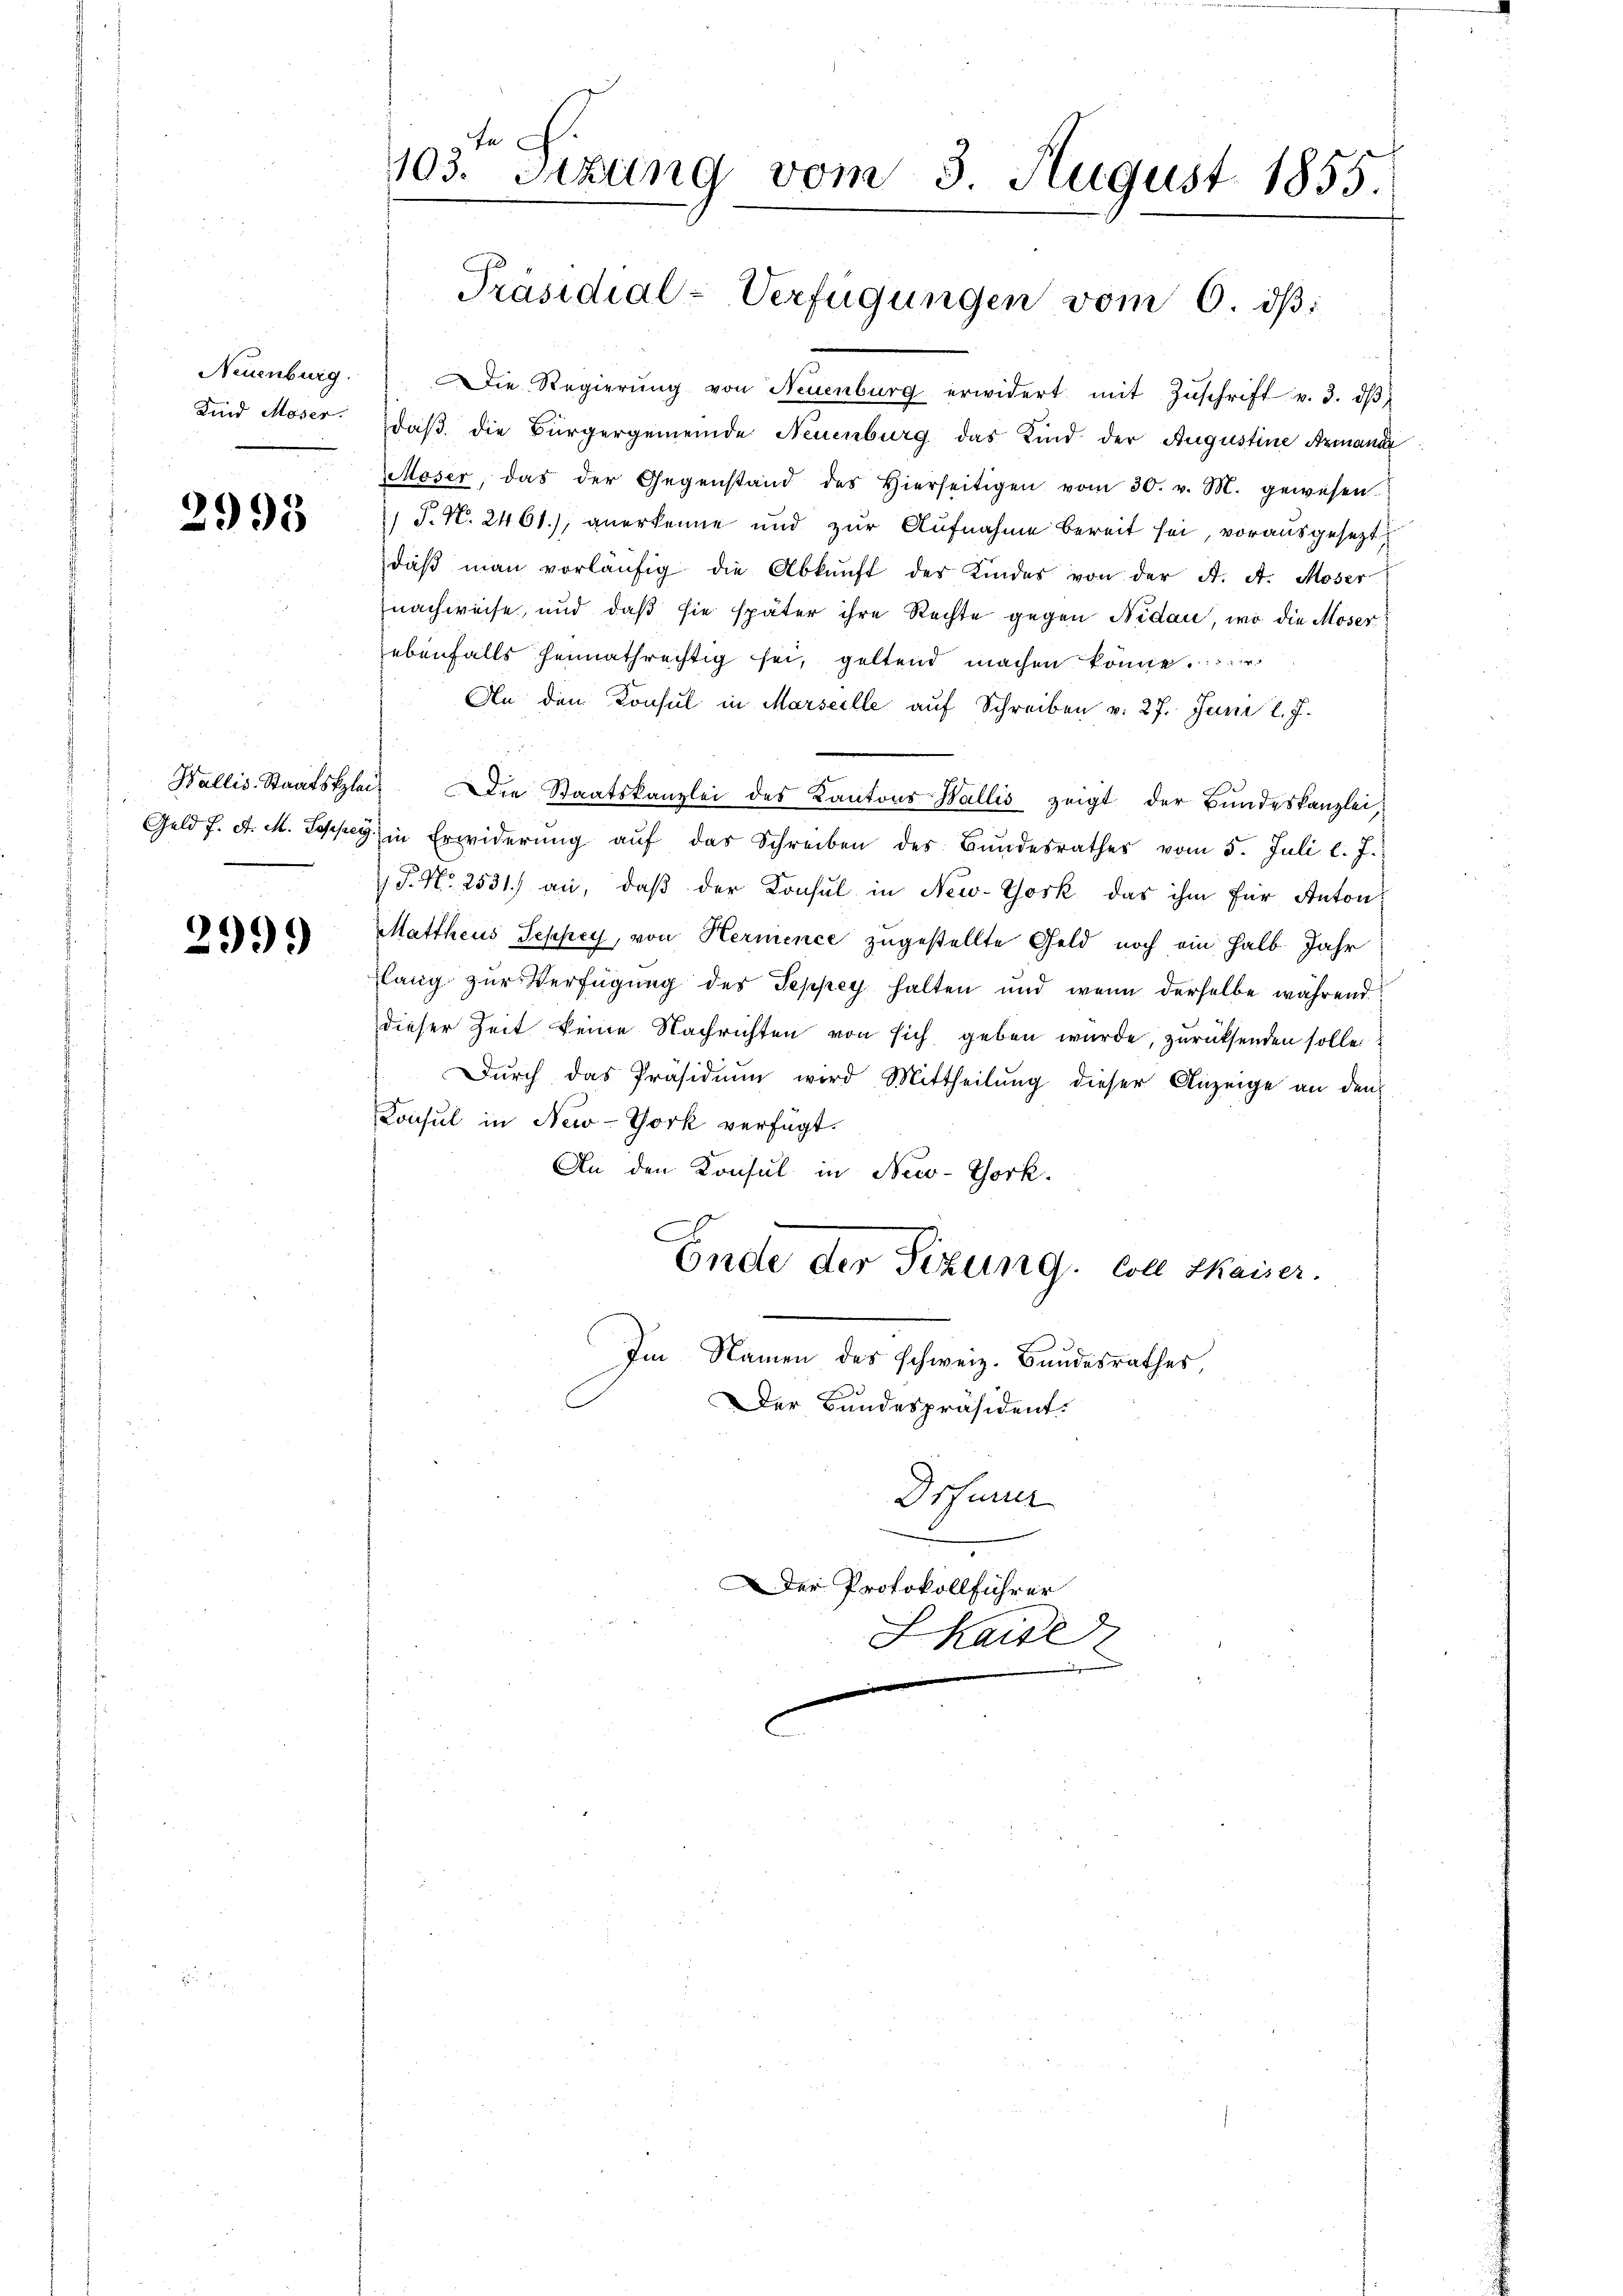
Neuenburg.
Kind Moser.

2995

Wallis. Staatskl
Geld f. d. M. Losper

2999)

En
103. Sitzung vom 3. August 1855.

Präsidial-Verfügungen vom 6. dβ:

Die Regierŭng von Neuenburg erwidert mit Zŭschrift v. 3. dβ
daß die Bürgergemeinde Neuenburg das Kind der Augustine Armande
Moser, das der Gegenstand des Hierseitigen vom 30. v. M. gewesen.
 P. N. 2461.), anerkenne und zur Aufnahme bereit sei, vorausgesezt
daβ man vorläŭfig die Abkŭnft der Kindes von der A. A. Moser
nachweise, und daß sie später ihre Rechte gegen Nidau, wo die Moser
ebenfalls heimathrechtig sei, geltend machen könne.
An den Konsul in Marseille auf Schreiben v. 27. Juni l. J.
uch. Die Staatskanzlei des Kantons Wallis zeigt der Bundeskanzlei,
9) in Erwiderŭng aŭf das Schreiben des Bŭndesrathes vom 5. Juli l. J.
 P. Nr. 2531.) an, daß der Konsul in New-York, das ihm für Anton
Mattheus Seppey, von Hermence zugestellte Geld noch ein halb Jahr
lang zur Verfügung des Teppey halten und wenn derselbe während
dieser Zeit keine Nachrichten von sich geben wurde, zurücksenden solle
Durch das Präsidium wird Mittheilung dieser Anzeige an den
Konsul in New-York verfügt.
An den Konsul in New-York.
C
Ende der Sizung Coll Kaiser.
Im Namen des schweiz. Bundesrathes
Der Bundespräsident.

Drfun
Der Protokollführer
Kaise
g
e